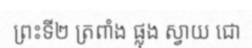
ព្រះទី២ ត្រពាំង ផ្លុង ស្វាយ ជោ